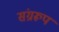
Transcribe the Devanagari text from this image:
संग्ररूप